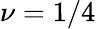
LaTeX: \nu=1/4